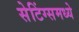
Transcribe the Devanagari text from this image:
सेटिंग्समध्ये